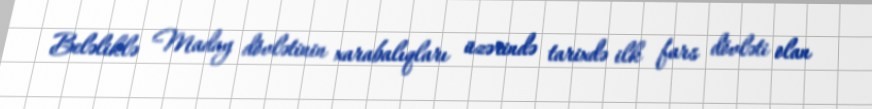
Beləliklə Maday dövlətinin xarabalıqları üzərində tarixdə ilk fars dövləti olan